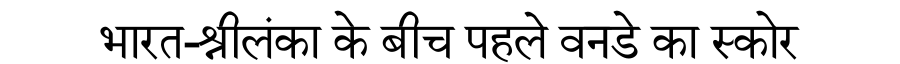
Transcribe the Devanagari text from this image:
भारत-श्रीलंका के बीच पहले वनडे का स्कोर